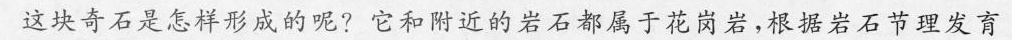
这块奇石是怎样形成的呢?它和附近的岩石都属于花岗岩，根据岩石节理发育